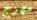
مهرج